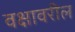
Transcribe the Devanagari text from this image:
वक्षावरील